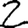
Digit: 2